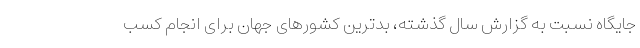
جایگاه نسبت به گزارش سال گذشته، بدترین کشورهای جهان برای انجام کسب